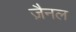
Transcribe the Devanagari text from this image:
ज़ैनल